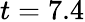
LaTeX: t=7.4